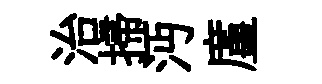
治掃沔廑